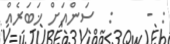
: -     :  ސަންއަށް ޚަބަރެއް